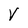
Character: V